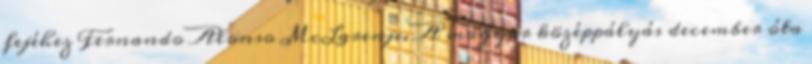
fejéhez Fernando Alonso McLarenje. A magyar középpályás december óta